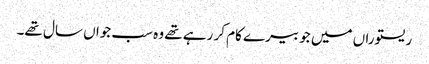
ریستوراں میں جو بیرے کام کر رہے تھے وہ سب جواں سال تھے۔